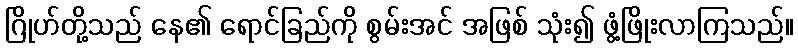
ဂြိုဟ်တို့သည် နေ၏ ရောင်ခြည်ကို စွမ်းအင် အဖြစ် သုံး၍ ဖွံ့ဖြိုးလာကြသည်။